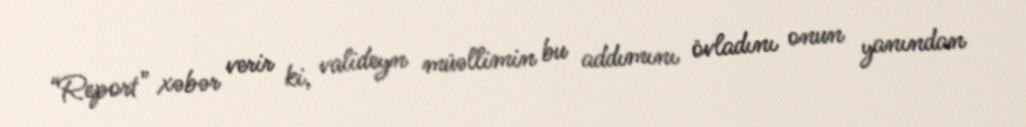
“Report” xəbər verir ki, valideyn müəllimin bu addımını övladını onun yanından